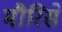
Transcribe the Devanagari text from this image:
मौरिसे